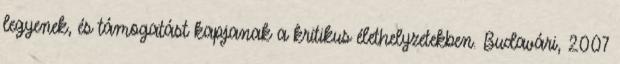
legyenek, és támogatást kapjanak a kritikus élethelyzetekben. Budavári, 2007